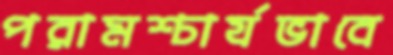
পরামশ্চার্যভাবে